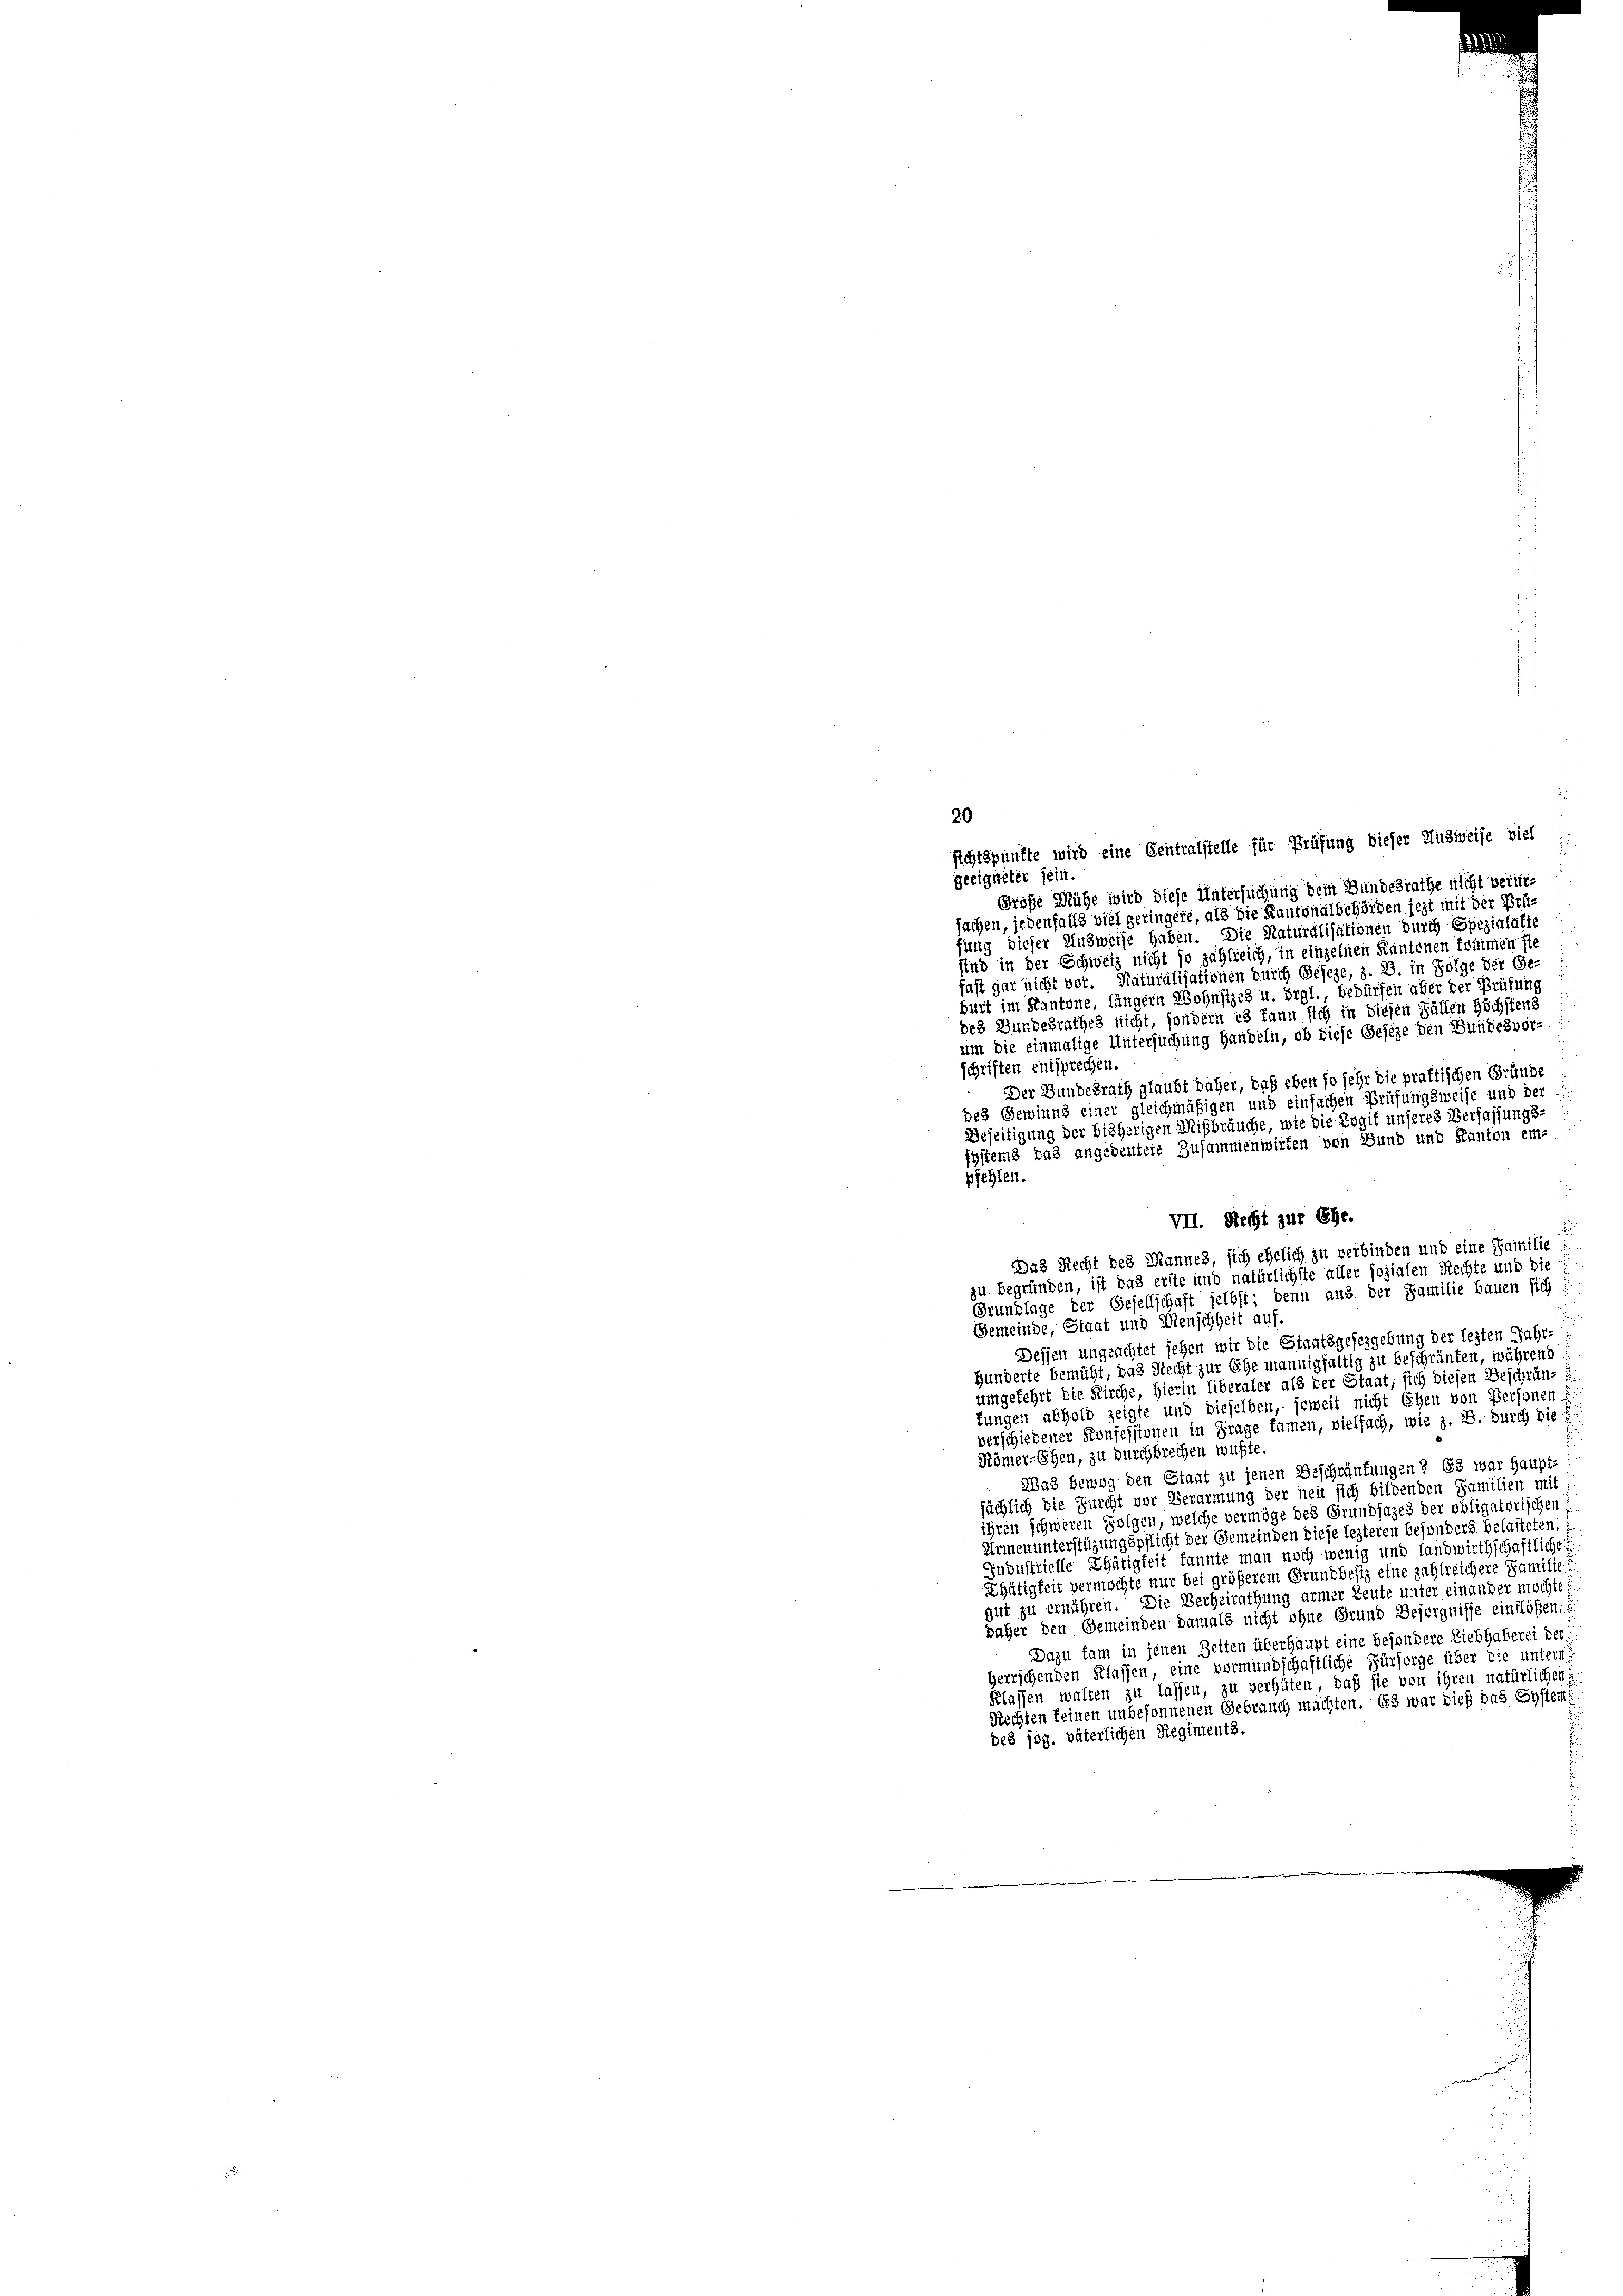
20
sichtspunkte wird eine Centralstelle für Prüfung dieser Ausweise viel
geeigneter sein.
Große Mühe wird diese Untersuchung dem Bundesrathe nicht verursachen, jedenfalls viel geringete, als die Kantonalbehörden jezt mit der Prüfung dieser Ausweise haben. Die Naturalisationen durch Spezialafte
sind in der Schweiz nicht so zahlreich, in einzelnen Kantonen kommen sie
fast gar nicht vor. Naturalisationen durch Geseze, z. B. in Folge der Ge
birt im Kantone, längern Wohnsizes u. drgl., bedürfen über der Prüfung
des Bundesrathes nicht, sondern es kann sich in diesen Fällen Höchstens
um die einmalige Untersuchung handeln, ob diese Geseze den Bundesvor-
schriften entsprechen.
Der Bundesrath glaubt daher, daß eben so sehr die praktischen Gründe
des Gewinns einer gleichmäßigen und einfachen Prüfungsweise und der
Beseitigung der bisherigen Mißbräuche, wie die Logit unseres Verfassungs-
systems das angedeutete Zusammenwirten von Bund und Kanton em-
pfehlen.
VII. Recht zur Ehe.
Das Recht des Mannes, sich ehelich zu verbinden und eine Familie
zu begründen, ist das erste und natürlichste aller sozialen Rechte und die
Grundlage der Gesellschaft selbst; denn aus der Familie bauen sich
Gemeinde, Staat und Menschheit auf.
Dessen ungeachtet sehen wir die Staatsgesezgebung der lezten Jahr-
Hunderte bemüht, das Recht zur Ehe mannigfaltig zu beschräufen, während
umgekehrt die Kirche, hierin liberaler als der Staat, sich diesen Beschrän-
fungen abhold zeigte und dieselben, soweit nicht Ehen von Personen
verschiedener Konfessionen in Frage kamen, vielfach, wie z. B. durch die
Römer-Ehen, zu durchbrechen wußte
Was bewog den Staat zu jenen Beschränkungen ? 683 war haupt-
sächlich die Furcht vor Verarmung der neu sich bildenden Familien mit
hren schweren Folgen, welche vermöge des Grundsazes der obligatorischen
Armenunterstüzungspflicht der Gemeinden diese lezteren besonders belasteten,
Industrielle Thätigkeit kannte man noch wenig und landwirthschaftliche
Ehätigkeit vermöchte nur bei größerem Grundbesiz eine zahlreichere Familie. I
gut zu ernähren. Die Verheirathung armer Leute unter einander möchte
Daher den Gemeinden damals nicht ohne Grund Besorgnisse einflößen.
Dazu kam in jenen Zeiten überhaupt eine besondere Liebhaberei der
Herrschenden Klassen, eine vormundschaftliche Fürsorge über die untern
Klassen walten zu lassen, zu verhüten, daß sie von ihren natürlichen
Rechten keinen unbesonnenen Gebrauch machten. Es war dieß das Systems
des sog. väterlichen Regiments.